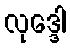
လုဒ္ဒေါ